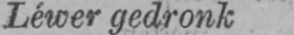
Léwer gedronk